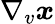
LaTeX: \nabla_{v}\boldsymbol{x}